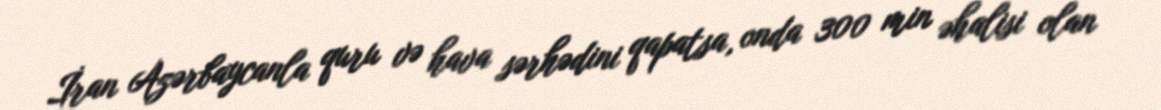
İran Azərbaycanla quru və hava sərhədini qapatsa, onda 300 min əhalisi olan